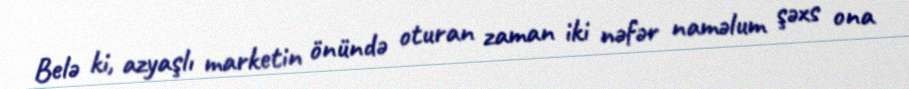
Belə ki, azyaşlı marketin önündə oturan zaman iki nəfər naməlum şəxs ona